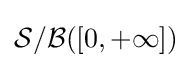
{\mathcal {S}}/{\mathcal {B}}([0,+\infty ])